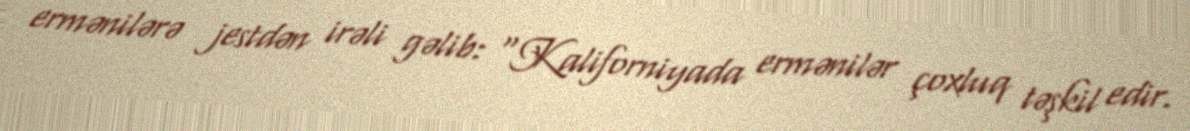
ermənilərə jestdən irəli gəlib: “Kaliforniyada ermənilər çoxluq təşkil edir.